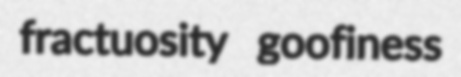
fractuosity goofiness